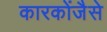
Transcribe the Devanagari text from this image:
कारकोंजैसे